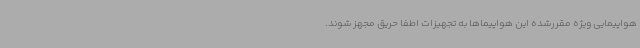
هواپیمایی ویژه مقررشده این هواپیماها به تجهیزات اطفا حریق مجهز شوند.